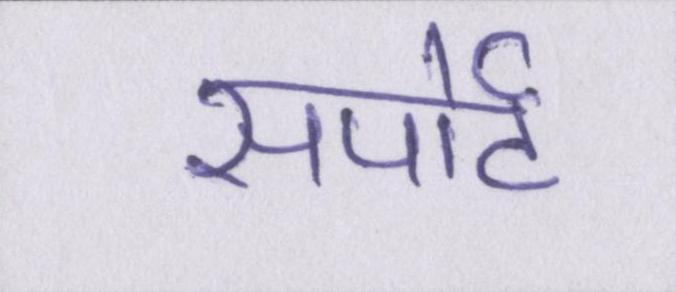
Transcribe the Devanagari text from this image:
सपोर्ट